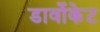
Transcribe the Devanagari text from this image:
डार्वोकेट